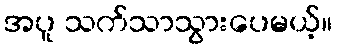
အပူ သက်သာသွားပေမယ့်။